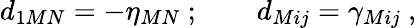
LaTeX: d_{1MN}=-\eta_{MN}\ ;\qquad d_{Mij}=\gamma_{Mij}\ ,